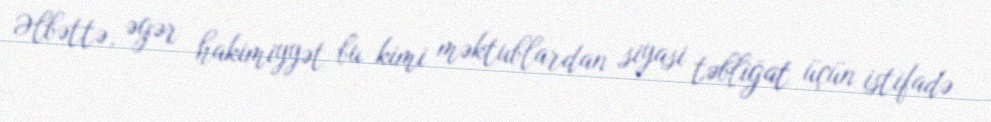
Əlbəttə, əgər hakimiyyət bu kimi məktublardan siyasi təbliğat üçün istifadə